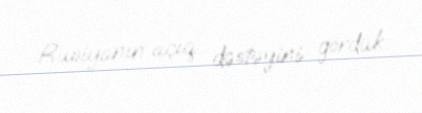
Rusiyanın açıq dəstəyini gördük.